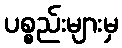
ပစ္စည်းများမှ